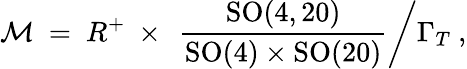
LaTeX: {\cal M}\ =\ R^{+}\ \times\ \left.\frac{\mathrm{SO}(4,20)}{\mathrm{SO}(4)\times\mathrm{SO}(20)}\right/\Gamma_{T}\ ,